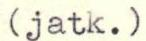
(jatk.)